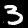
Label: 3